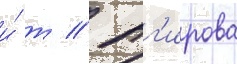
и́ т // Аг'ирова